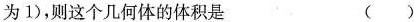
为1），则这个几何体的体积是 （）